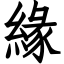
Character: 緣